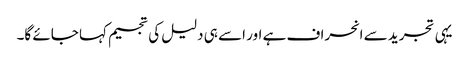
یہی تجرید سے انحراف ہے اور اسے ہی دلیل کی تجسیم کہا جائے گا۔